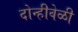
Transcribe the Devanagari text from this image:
दोन्हीवेळी